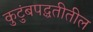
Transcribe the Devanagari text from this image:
कुटुंबपद्धतीतील